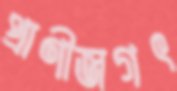
প্রাণীজগৎ